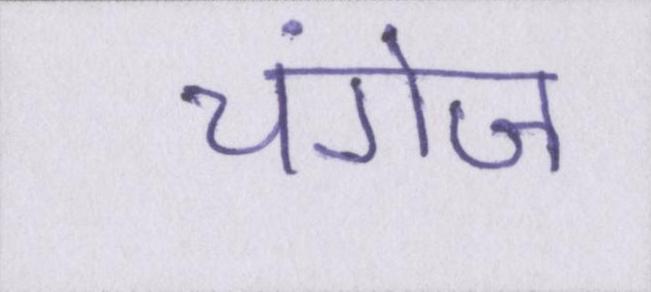
चंगेज